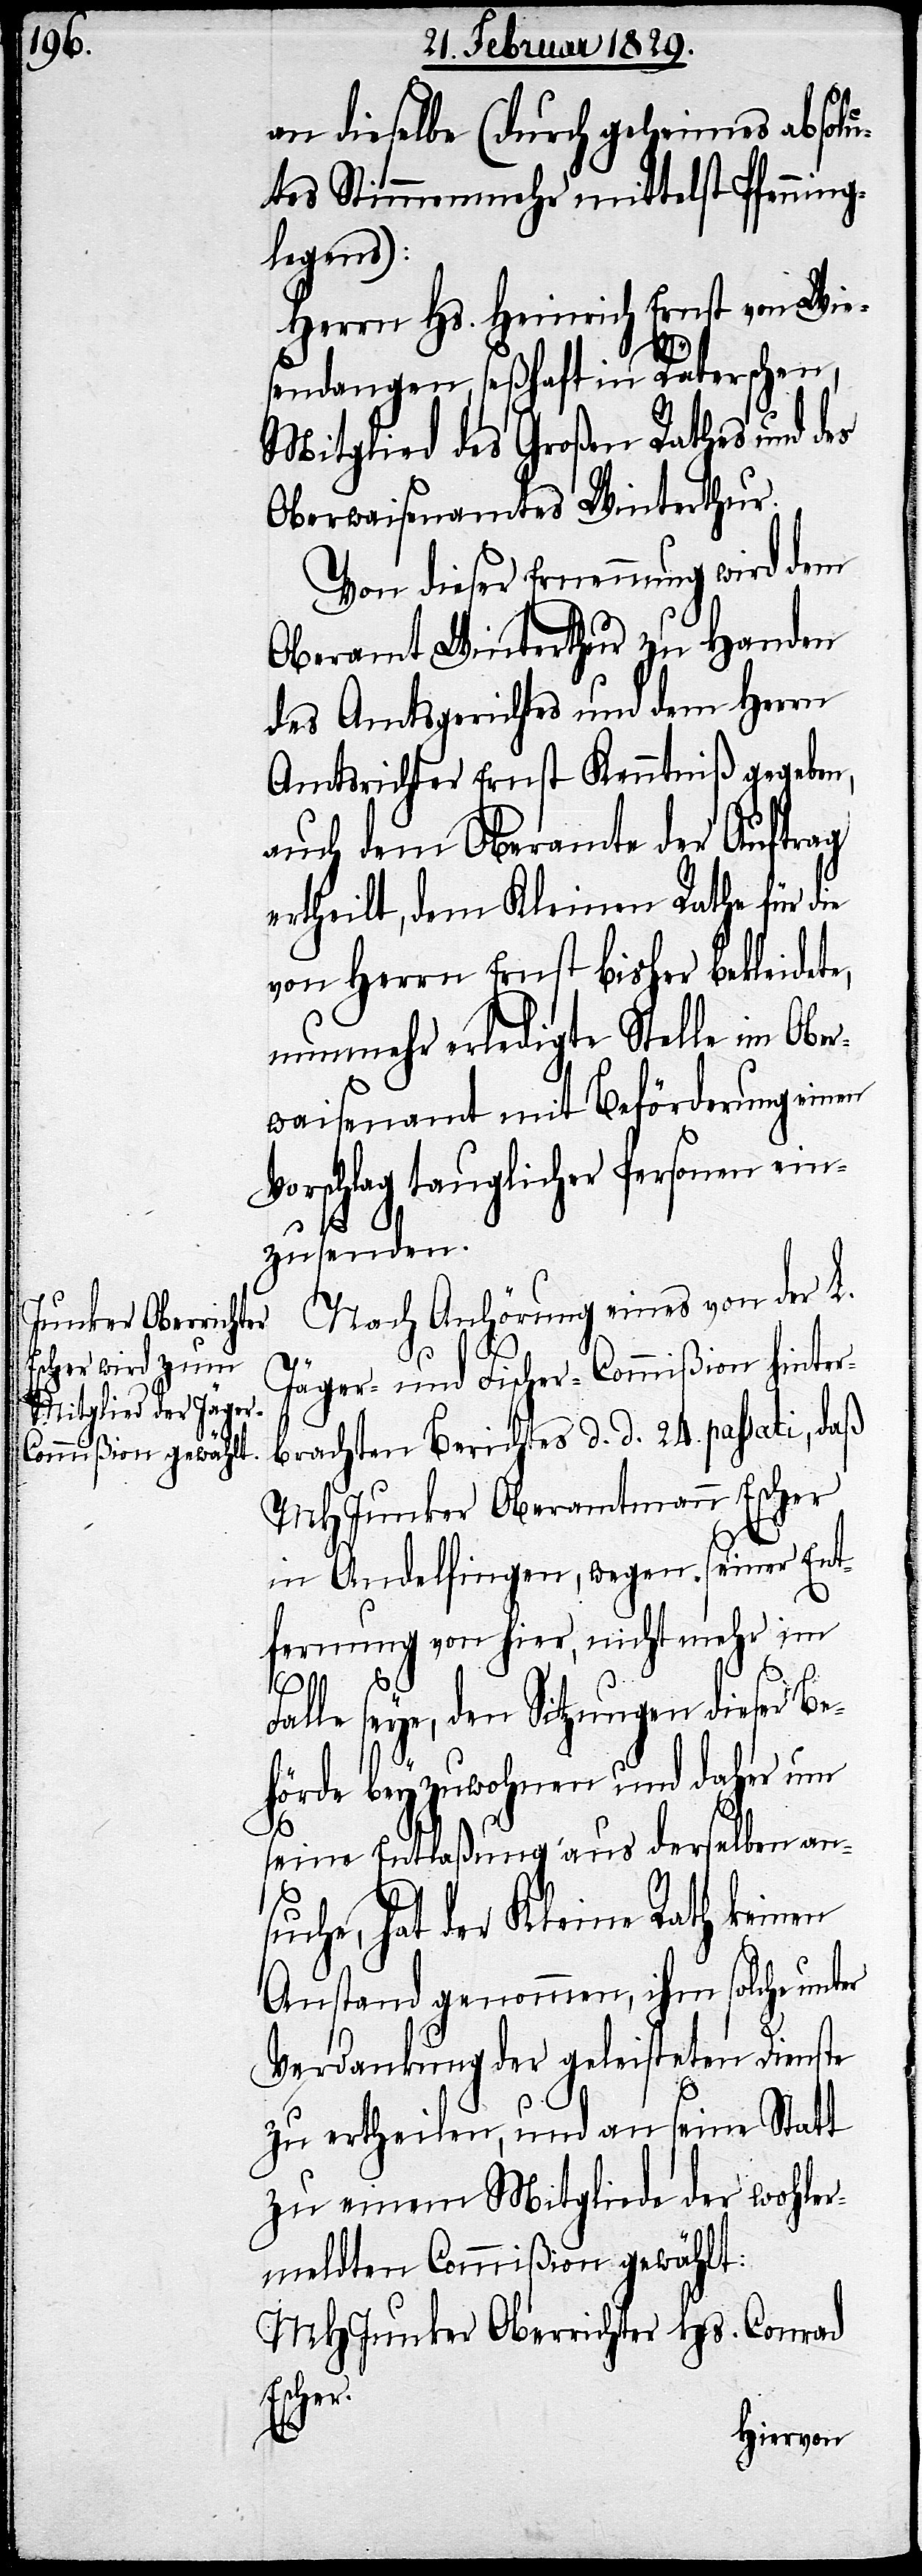
an dieselbe (durch geheimes absolu¬
tes Stimmenmehr mittelst Pfenning¬
legens):
Herrn Hs. Heinrich Ernst von Wie¬
sendangen, seßhaft in Räterschen,
Mitglied des Großen Rathes und des
Oberwaisenamtes Winterthur.
Von dieser Ernennung wird dem
Oberamt Winterthur zu Handen
des Amtsgerichtes und dem Herrn
Amtsrichter Ernst Kenntniß gegeben,
auch dem Oberamte der Auftrag
ertheilt, dem Kleinen Rathe für die
von Herrn Ernst bisher bekleidete,
nunmehr erledigte Stelle im Ober¬
waisenamt mit Beförderung einen
Vorschlag tauglicher Personen ein¬
zusenden.
Nach Anhörung eines von der L.
Jäger- und Fischer-Commißion hinter¬
brachten Berichtes d. d. 24. passati, daß
MHJunker Oberamtmann Escher
in Andelfingen, wegen seiner Ent¬
fernung von hier, nicht mehr im
Falle seye, den Sitzungen dieser Be¬
hörde beyzuwohnen und daher nun
seine Entlaßung aus derselben an¬
suche, hat der Kleine Rath keinen
Anstand genommen, ihm solche unter
Verdankung der geleisteten Dienste
zu ertheilen, und an seine Statt
zu einem Mitgliede der wohler¬
meldten Commißion gewählt:
MHJunker Oberrichter Hs. Conrad
Escher.